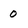
Character: 0